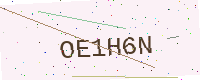
Text: OE1H6N